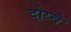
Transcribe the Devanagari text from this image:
दोय्चे